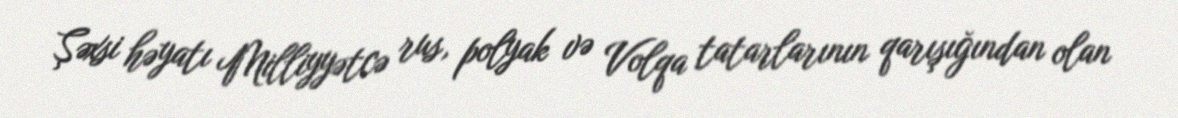
Şəxsi həyatı Milliyyətcə rus, polyak və Volqa tatarlarının qarışığından olan